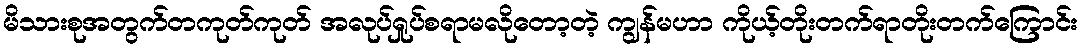
မိသားစုအတွက်တကုတ်ကုတ် အလုပ်ရှုပ်စရာမလိုတော့တဲ့ ကျွန်မဟာ ကိုယ့်တိုးတက်ရာတိုးတက်ကြောင်း